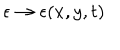
LaTeX: \epsilon \to \epsilon ( x , y , t )